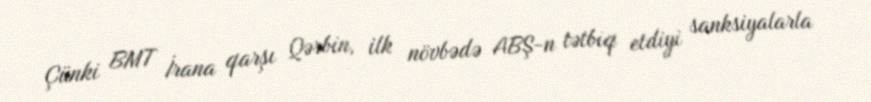
Çünki BMT İrana qarşı Qərbin, ilk növbədə ABŞ-n tətbiq etdiyi sanksiyalarla